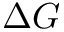
\Delta G